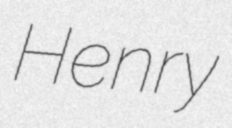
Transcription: Henry